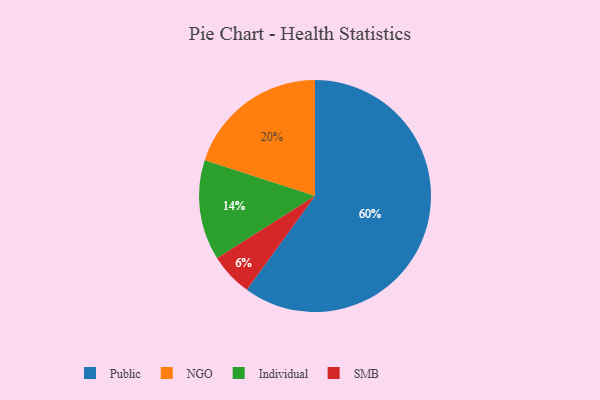
{"axis": {"x": "Category", "y": "Percentage"}, "legend": ["Individual", "NGO", "Public", "SMB"], "data": [{"x": "SMB", "y": 6, "type": "SMB"}, {"x": "Individual", "y": 14, "type": "Individual"}, {"x": "Public", "y": 60, "type": "Public"}, {"x": "NGO", "y": 20, "type": "NGO"}]}